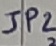
Text: JP2